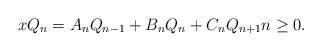
\begin{align*}xQ_n=A_nQ_{n-1}+B_nQ_n+C_nQ_{n+1} n\ge 0.\end{align*}